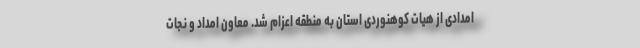
امدادی از هیات کوهنوردی استان به منطقه اعزام شد. معاون امداد و نجات